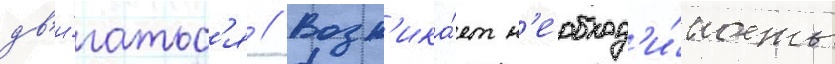
дв'и́гатьс'я // Возн'ика́ет н'еобход'и́мость